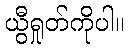
ယွီရှုတ်ကိုပါ။